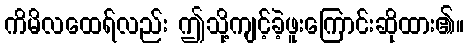
ကိမိလထေရ်လည်း ဤသို့ကျင့်ခဲ့ဖူးကြောင်းဆိုထား၏။